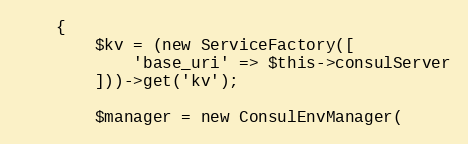
Language: PHP
    {
        $kv = (new ServiceFactory([
            'base_uri' => $this->consulServer
        ]))->get('kv');

        $manager = new ConsulEnvManager(